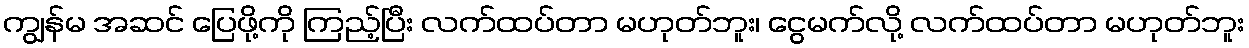
ကျွန်မ အဆင် ပြေဖို့ကို ကြည့်ပြီး လက်ထပ်တာ မဟုတ်ဘူး၊ ငွေမက်လို့ လက်ထပ်တာ မဟုတ်ဘူး